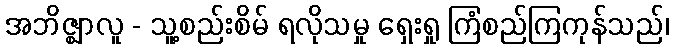
အဘိဇ္ဈာလူ - သူ့စည်းစိမ် ရလိုသမှု ရှေးရှု ကြံစည်ကြကုန်သည်၊